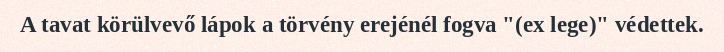
A tavat körülvevő lápok a törvény erejénél fogva "(ex lege)" védettek.